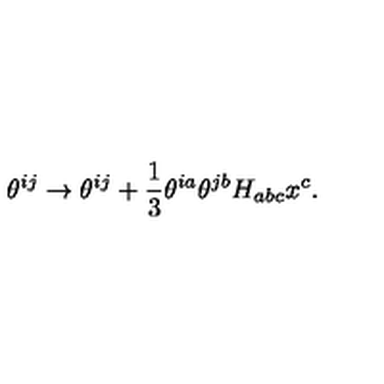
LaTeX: \theta ^ { i j } \to \theta ^ { i j } + { \frac { 1 } { 3 } } \theta ^ { i a } \theta ^ { j b } H _ { a b c } x ^ { c } .